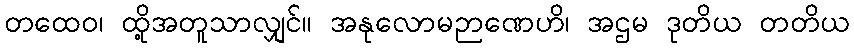
တထေဝ၊ ထို့အတူသာလျှင်။ အနုလောမဉာဏေဟိ၊ အဌမ ဒုတိယ တတိယ